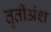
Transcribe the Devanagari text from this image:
तृतीअंश